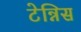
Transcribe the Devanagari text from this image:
टेन्निस